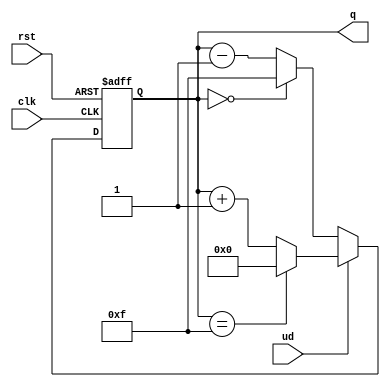
module up_down_counter (
    input wire clk,       // Clock signal
    input wire rst,       // Asynchronous reset
    input wire ud,        // Up/Down control signal (1 for up, 0 for down)
    output reg [3:0] q    // 4-bit count output (adjust width as needed)
);

    // Maximum count value for a 4-bit counter is 15 (0 to 15)
    parameter MAX_COUNT = 4'b1111; // 15
    parameter MIN_COUNT = 4'b0000; // 0

    // Asynchronous reset and counting logic
    always @(posedge clk or posedge rst) begin
        if (rst) begin
            q <= MIN_COUNT; // Reset count to zero
        end else begin
            if (ud) begin
                // Count Up
                if (q == MAX_COUNT) begin
                    q <= MIN_COUNT; // Wrap around
                end else begin
                    q <= q + 1; // Increment count
                end
            end else begin
                // Count Down
                if (q == MIN_COUNT) begin
                    q <= MAX_COUNT; // Wrap around
                end else begin
                    q <= q - 1; // Decrement count
                end
            end
        end
    end

endmodule